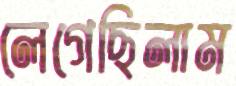
লেগেছিলাম